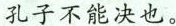
孔子不能决也。